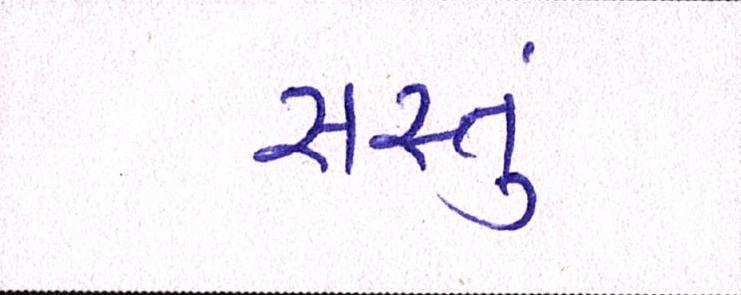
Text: સસ્તું